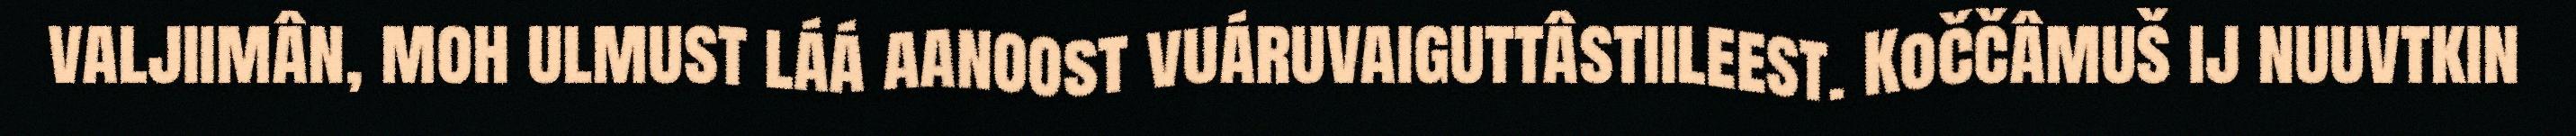
valjiimân, moh ulmust láá aanoost vuáruvaiguttâstiileest. Koččâmuš ij nuuvtkin